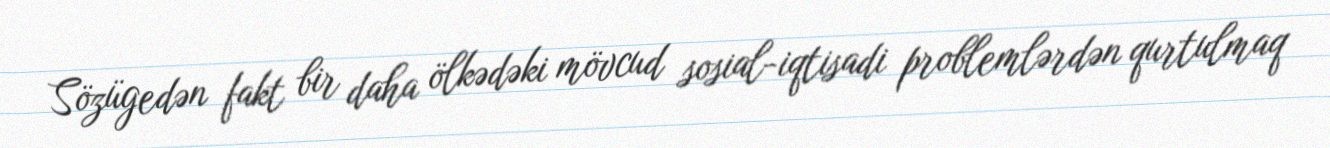
Sözügedən fakt bir daha ölkədəki mövcud sosial-iqtisadi problemlərdən qurtulmaq